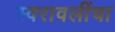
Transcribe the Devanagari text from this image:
स्वरावलींचा